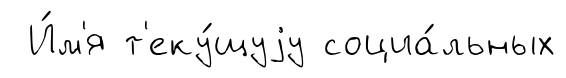
И́м'я т'еку́щуjу социа́льных